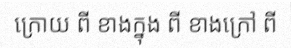
ក្រោយ ពី ខាងក្នុង ពី ខាងក្រៅ ពី